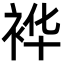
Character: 𮕽